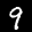
Label: 9